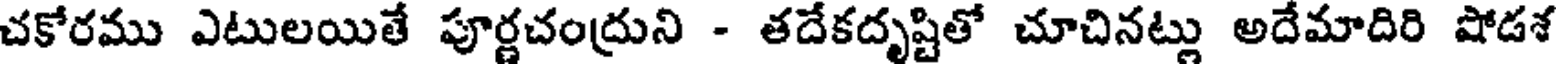
చకోరము ఎటులయితే పూర్ణచంద్రుని - తదేకదృష్టితో చూచినట్లు అదేమాదిరి షోడశ